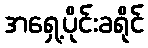
အရှေ့ပိုင်းခရိုင်